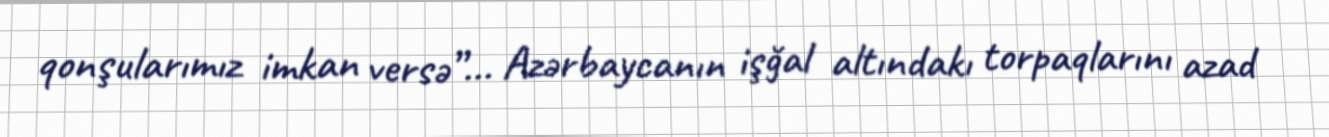
qonşularımız imkan versə”... Azərbaycanın işğal altındakı torpaqlarını azad